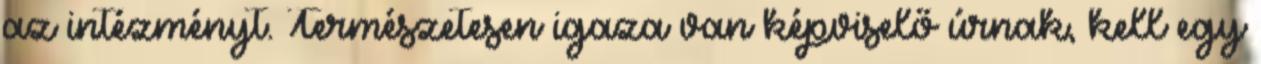
az intézményt. Természetesen igaza van képviselő úrnak, kell egy